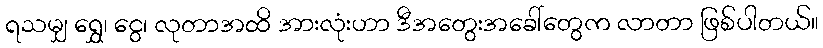
ရသမျှ ရွှေ၊ ငွေ၊ လုတာအထိ အားလုံးဟာ ဒီအတွေးအခေါ်တွေက လာတာ ဖြစ်ပါတယ်။